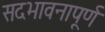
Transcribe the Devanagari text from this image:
सदभावनापूर्ण